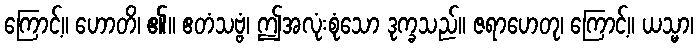
ကြောင့်။ ဟောတိ၊ ၏။ ဧတံသဗ္ဗံ၊ ဤအလုံးစုံသော ဒုက္ခသည်။ ဇရာဟေတု၊ ကြောင့်။ ယသ္မာ၊